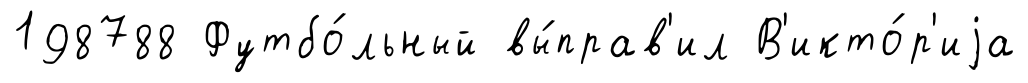
198788 Футбо́льный вы́прав'ил В'икто́р'иjа